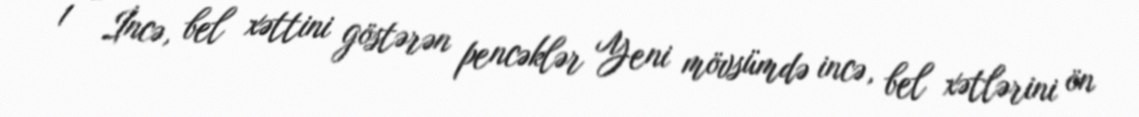
1 - İncə, bel xəttini göstərən pencəklər Yeni mövsümdə incə, bel xətlərini ön